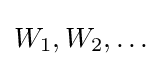
W_{1},W_{2},\ldots